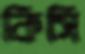
কিসি